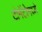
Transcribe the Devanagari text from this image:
टोमॅटोमध्ये